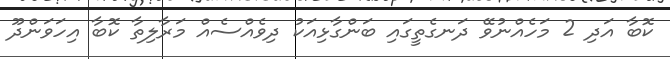
ކޮބާ އަދި 2 މަހެއްނުވޭ ދަނގެތީގައި ބަންގާޅިއަކު ދިވެއްސެއް މަރާލިތާ ކޮބާ އިހަވަންދޫ